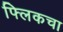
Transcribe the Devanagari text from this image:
फ्लिकचा